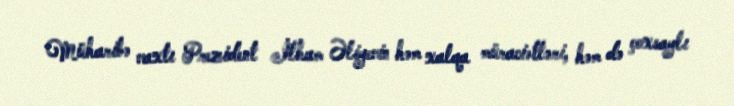
Müharibə vaxtı Prezident İlham Əliyevin həm xalqa müraciətləri, həm də çoxsaylı